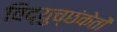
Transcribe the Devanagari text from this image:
विद्युच्छंकेतों